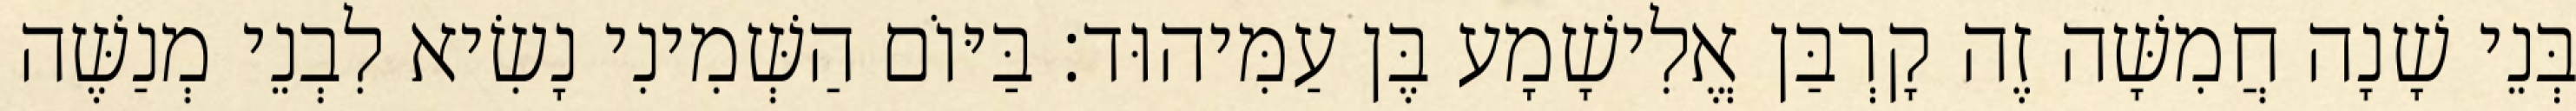
בְּנֵי שָׁנָה חֲמִשָּׁה זֶה קָרְבַּן אֱלִישָׁמָע בֶּן עַמִּיהוּד׃ בַּיּוֹם הַשְּׁמִינִי נָשִׂיא לִבְנֵי מְנַשֶּׁה